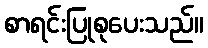
စာရင်းပြုစုပေးသည်။